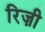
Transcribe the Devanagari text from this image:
रिज़ी